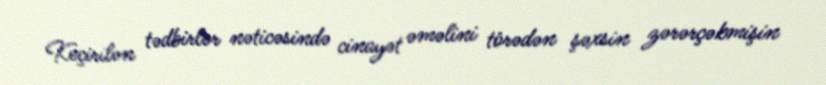
Keçirilən tədbirlər nəticəsində cinayət əməlini törədən şəxsin zərərçəkmişin